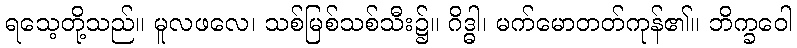
ရသေ့တို့သည်။ မူလဖလေ၊ သစ်မြစ်သစ်သီး၌။ ဂိဒ္ဓါ၊ မက်မောတတ်ကုန်၏။ ဘိက္ခဝေါ